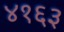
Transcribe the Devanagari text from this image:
४१६३